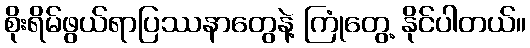
စိုးရိမ်ဖွယ်ရာပြဿနာတွေနဲ့ ကြုံတွေ့ နိုင်ပါတယ်။